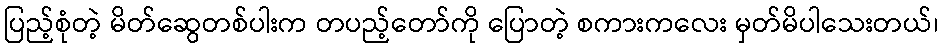
ပြည့်စုံတဲ့ မိတ်ဆွေတစ်ပါးက တပည့်တော်ကို ပြောတဲ့ စကားကလေး မှတ်မိပါသေးတယ်၊